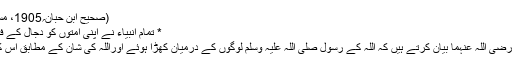
(صحیح ابن حبان؍1905، مسند احمد6؍75)
* تمام انبیاء نے اپنی امتوں کو دجال کے فتنے سے ڈرایا:
عبداللہ بن عمر رضی اللہ عنہما بیان کرتے ہیں کہ اللہ کے رسول صلی اللہ علیہ وسلم لوگوں کے درمیان کھڑا ہوئے اوراللہ کی شان کے مطابق اس کی تعریف کی ۔